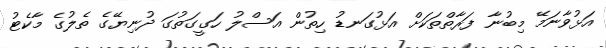
އަޅުވާނަމޭ މިބުނާ ފަރާތްތަކަށް އަޅުގަނޑު ހިތުން އަސްލު ހަގީގަތުގަ ދުނިޔޭގެ ތެލުގެ މާކެޓު